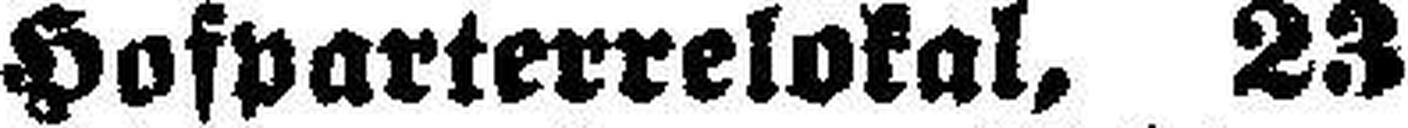
Hofparterrelokal, 23